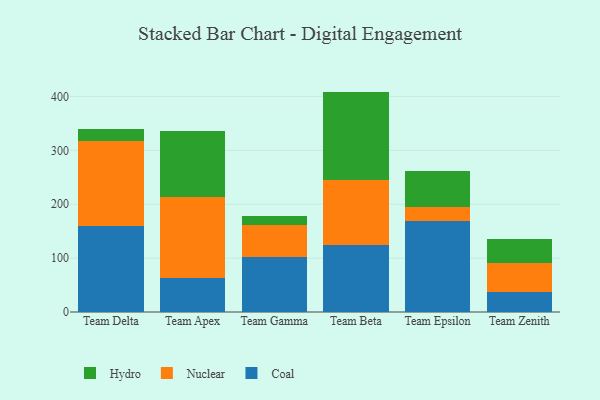
{"axis": {"x": "Team", "y": "Population (Million)"}, "legend": ["Coal", "Hydro", "Nuclear"], "data": [{"x": "Team Delta", "y": 158.9, "type": "Coal"}, {"x": "Team Delta", "y": 158.6, "type": "Nuclear"}, {"x": "Team Delta", "y": 22.8, "type": "Hydro"}, {"x": "Team Apex", "y": 62.6, "type": "Coal"}, {"x": "Team Apex", "y": 150.9, "type": "Nuclear"}, {"x": "Team Apex", "y": 122.2, "type": "Hydro"}, {"x": "Team Gamma", "y": 102.3, "type": "Coal"}, {"x": "Team Gamma", "y": 59.2, "type": "Nuclear"}, {"x": "Team Gamma", "y": 17.0, "type": "Hydro"}, {"x": "Team Beta", "y": 124.3, "type": "Coal"}, {"x": "Team Beta", "y": 121.1, "type": "Nuclear"}, {"x": "Team Beta", "y": 163.6, "type": "Hydro"}, {"x": "Team Epsilon", "y": 168.4, "type": "Coal"}, {"x": "Team Epsilon", "y": 26.2, "type": "Nuclear"}, {"x": "Team Epsilon", "y": 66.7, "type": "Hydro"}, {"x": "Team Zenith", "y": 38.0, "type": "Coal"}, {"x": "Team Zenith", "y": 52.8, "type": "Nuclear"}, {"x": "Team Zenith", "y": 45.3, "type": "Hydro"}]}